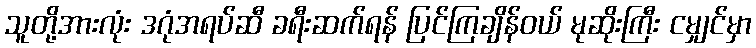
သူတို့အားလုံး ဒဂုံအရပ်ဆီ ခရီးဆက်ရန် ပြင်ကြချိန်ဝယ် မုဆိုးကြီး ငမျှင်မှာ